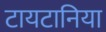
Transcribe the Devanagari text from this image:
टायटानिया